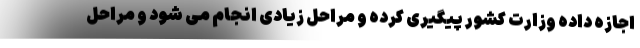
اجازه داده وزارت کشور پیگیری کرده و مراحل زیادی انجام می شود و مراحل